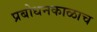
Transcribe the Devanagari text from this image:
प्रबोधनकाळाच